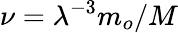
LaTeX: \nu=\lambda^{-3}m_{o}/M